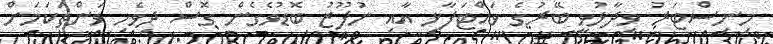
މިނިސްޓަރު ވިދާޅުވީ ބޭރުގެ ވައްޓަފާޅި އާއި ނުފޫޒު ބޮޑުވެގެން ގޮސް ދިވެހި ވަންތަކަމަށް